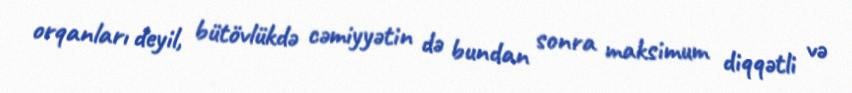
orqanları deyil, bütövlükdə cəmiyyətin də bundan sonra maksimum diqqətli və